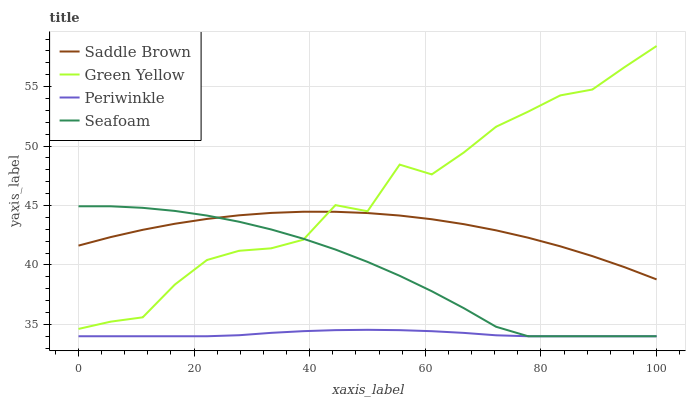
| xaxis_label | Saddle Brown | Green Yellow | Periwinkle | Seafoam |
 | --- | --- | --- | --- | --- |
 | 0 | 41.6 | 34.6 | 34 | 44.9 |
 | 5.56 | 42.3 | 35.2 | 34 | 44.9 |
 | 11.1 | 43 | 35.6 | 34 | 44.8 |
 | 16.7 | 43.5 | 38.3 | 34 | 44.5 |
 | 22.2 | 43.9 | 40.4 | 34 | 44.2 |
 | 27.8 | 44.2 | 41.2 | 34.1 | 43.6 |
 | 33.3 | 44.4 | 41.4 | 34.3 | 43 |
 | 38.9 | 44.5 | 42.1 | 34.4 | 42.2 |
 | 44.4 | 44.5 | 45 | 34.5 | 41.3 |
 | 50 | 44.4 | 44.5 | 34.5 | 40.3 |
 | 55.6 | 44.2 | 48.4 | 34.5 | 39.1 |
 | 61.1 | 43.8 | 47.6 | 34.4 | 37.8 |
 | 66.7 | 43.4 | 49.5 | 34.3 | 36.4 |
 | 72.2 | 42.9 | 51.6 | 34.1 | 34.8 |
 | 77.8 | 42.3 | 52.9 | 34 | 34 |
 | 83.3 | 41.6 | 54.3 | 34 | 34 |
 | 88.9 | 40.7 | 54.7 | 34 | 34 |
 | 94.4 | 39.8 | 56.6 | 34 | 34 |
 | 100 | 38.8 | 58.4 | 34 | 34 |